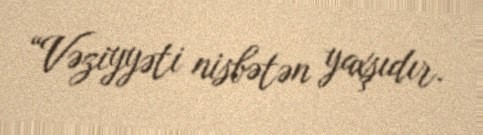
“Vəziyyəti nisbətən yaxşıdır.